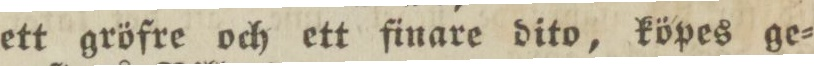
ett gröfre och ett finare dito, köpes ge=